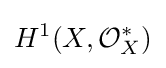
H^{1}(X,{\mathcal {O}}_{X}^{*})